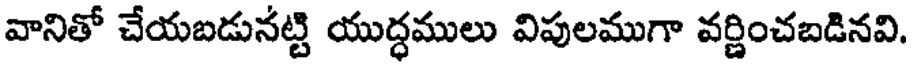
వానితో చేయబడునట్టి యుద్ధములు విపులముగా వర్ణించబడినవి.